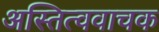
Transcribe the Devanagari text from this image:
अस्तित्ववाचक